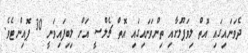
ދެވަނައިގައި އޮތް ލިވަޕޫލަށާއި ތިންވަނައިގައި އޮތް ޗެލްސީ އަށް ލިބިފައިވަނީ 30 ޕޮއިންޓެވެ.